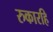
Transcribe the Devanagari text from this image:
रुकारहि